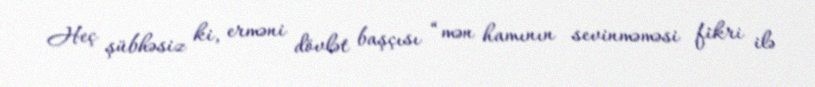
Heç şübhəsiz ki, erməni dövlət başçısı “mən hamının sevinməməsi fikri ilə